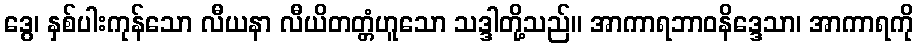
ဒွေ၊ နှစ်ပါးကုန်သော လီယနာ လီယိတတ္တံဟူသော သဒ္ဒါတို့သည်။ အာကာရဘာဝနိဒ္ဒေသာ၊ အာကာရကို